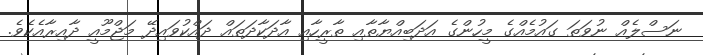
ނަސްލެއް ނުވަތަ ގައުމެއްގެ މީހުންގެ އަދަބިއްޔާތާއި ތާރީހާއި އާދަކާދަތައް ދައްކުވައިދޭ މަޖްމޫއީ ދާއިރާއެކެވެ.